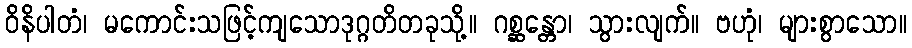
ဝိနိပါတံ၊ မကောင်းသဖြင့်ကျသောဒုဂ္ဂတိတခုသို့။ ဂစ္ဆန္တော၊ သွားလျက်။ ဗဟုံ၊ များစွာသော။